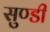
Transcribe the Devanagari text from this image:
सुण्डी